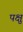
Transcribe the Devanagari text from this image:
पक्षु